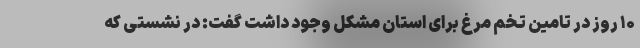
۱۰ روز در تامین تخم مرغ برای استان مشکل وجود داشت گفت: در نشستی که